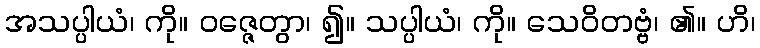
အသပ္ပါယံ၊ ကို။ ဝဇ္ဇေတွာ၊ ၍။ သပ္ပါယံ၊ ကို။ သေဝိတဗ္ဗံ၊ ၏။ ဟိ၊